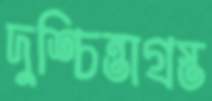
দুশ্চিন্তাগ্রস্ত